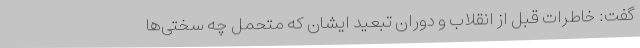
گفت: خاطرات قبل از انقلاب و دوران تبعید ایشان که متحمل چه سختی‌ها